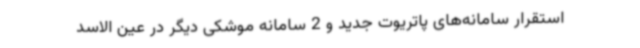
استقرار سامانه‌های پاتریوت جدید و 2 سامانه موشکی دیگر در عین الاسد